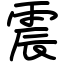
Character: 震